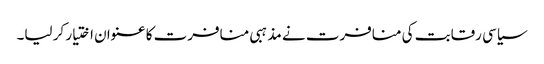
سیاسی رقابت کی منافرت نے مذہبی منافرت کا عنوان اختیار کر لیا۔